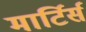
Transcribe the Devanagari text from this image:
मार्टिर्स